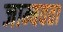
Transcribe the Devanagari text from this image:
जाम्बवता